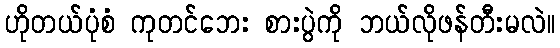
ဟိုတယ်ပုံစံ ကုတင်ဘေး စားပွဲကို ဘယ်လိုဖန်တီးမလဲ။